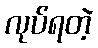
လုပ်ရတဲ့